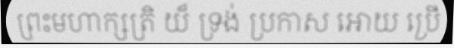
ព្រះមហាក្សត្រិ យ៏ ទ្រង់ ប្រកាស អោយ ប្រើ